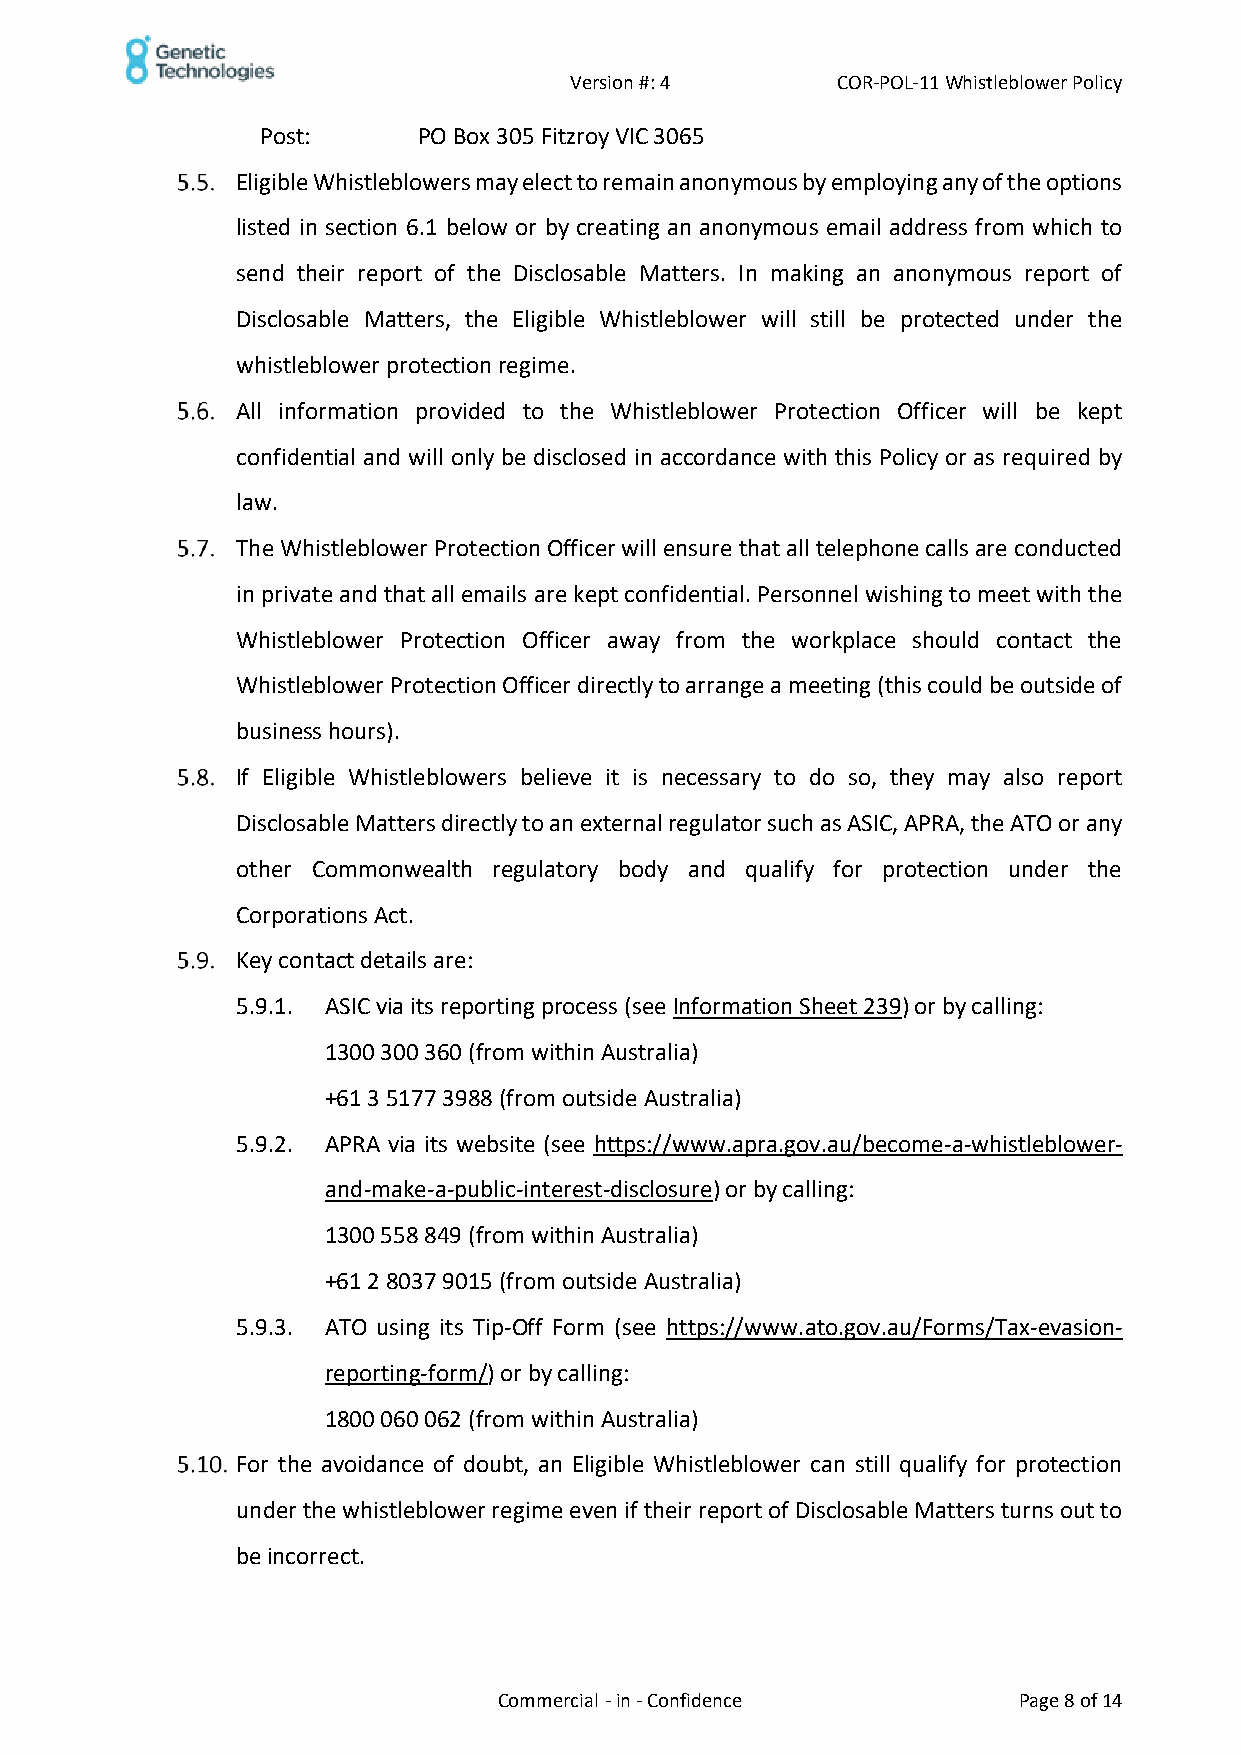
Version #: 4     COR-POL-11 Whistleblower Policy
 Post:      PO Box 305 Fitzroy VIC 3065
 Eligible Whistleblowers may elect to remain anonymous by employing any of the options
 listed in section 6.1 below or by creating an anonymous email address from which to
 send their report of the Disclosable Matters. In making an anonymous report of
 Disclosable Matters, the Eligible Whistleblower will still be protected under the
 whistleblower protection regime.
 All information provided to the Whistleblower Protection Officer will be kept
 confidential and will only be disclosed in accordance with this Policy or as required by
 law.
 The Whistleblower Protection Officer will ensure that all telephone calls are conducted
 in private and that all emails are kept confidential. Personnel wishing to meet with the
 Whistleblower Protection Officer away from the workplace should contact the
 Whistleblower Protection Officer directly to arrange a meeting (this could be outside of
 business hours).
 If Eligible Whistleblowers believe it is necessary to do so, they may also report
 Disclosable Matters directly to an external regulator such as ASIC, APRA, the ATO or any
 other Commonwealth regulatory body and qualify for protection under the
 Corporations Act.
 Key contact details are:
 5.9.1. ASIC via its reporting process (see Information Sheet 239) or by calling:
 1300 300 360 (from within Australia)
 +61 3 5177 3988 (from outside Australia)
 5.9.2. APRA via its website (see https://www.apra.gov.au/become-a-whistleblower-
 and-make-a-public-interest-disclosure) or by calling:
 1300 558 849 (from within Australia)
 +61 2 8037 9015 (from outside Australia)
 5.9.3. ATO using its Tip-Off Form (see https://www.ato.gov.au/Forms/Tax-evasion-
 reporting-form/) or by calling:
 1800 060 062 (from within Australia)
 For the avoidance of doubt, an Eligible Whistleblower can still qualify for protection
 under the whistleblower regime even if their report of Disclosable Matters turns out to
 be incorrect.
 Commercial - in - Confidence      Page 8 of 14